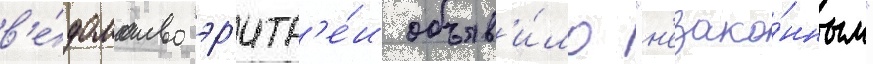
в'е́домство эр'итр'е́и объяв'и́ло "н'езако́нным"